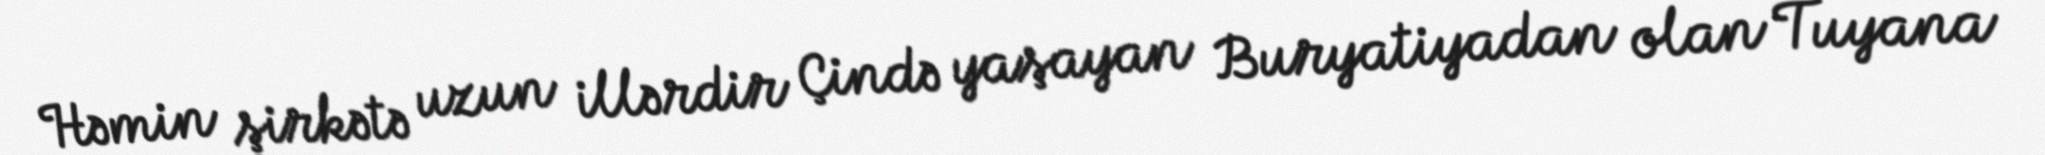
Həmin şirkətə uzun illərdir Çində yaşayan Buryatiyadan olan Tuyana